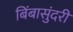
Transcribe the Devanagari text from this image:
बिंबासुंदरी